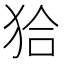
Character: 𤝰